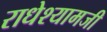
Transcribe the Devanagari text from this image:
राधेश्यामजी